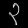
Digit: ၃